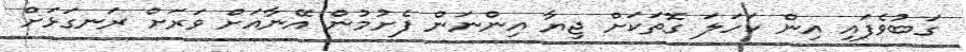
ގަބުވެފައި އިން ކަހަލަ ގޮތަކަށް ޖިޔާ އިންނަން ފެށުމުން އޭނާއަށް ވަރަށް ރަނގަޅަށް